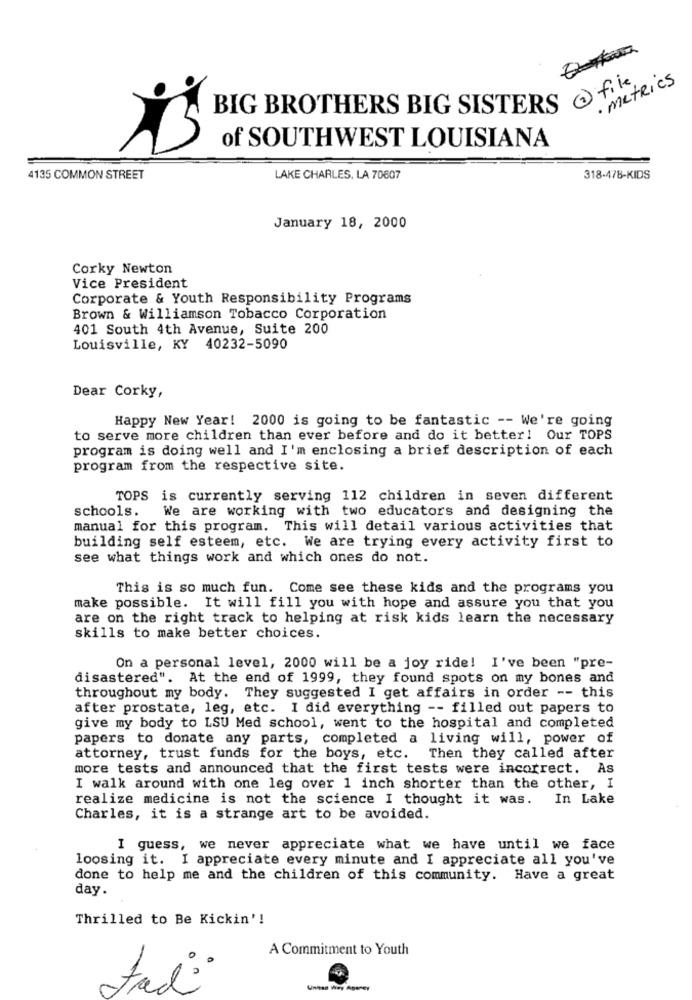
. Metrics
BIG BROTHERS BIG SISTERS ( file
of SOUTHWEST LOUISIANA
4135 COMMON STREET
LAKE CHARLES, LA 70607
318-478-KIDS
January 18, 2000
Corky Newton
Vice President
Corporate & Youth Responsibility Programs
Brown & Williamson Tobacco Corporation
401 South 4th Avenue, Suite 200
Louisville, KY 40232-5090
Dear Corky,
Happy New Year! 2000 is going to be fantastic -- We're going
to serve more children than ever before and do it better! Our TOPS
program is doing well and I'm enclosing a brief description of each
program from the respective site.
TOPS is currently serving 112 children in seven different
schools. We are working with two educators and designing the
manual for this program. This will detail various activities that
building self esteem, etc. We are trying every activity first to
see what things work and which ones do not.
This is so much fun. Come see these kids and the programs you
make possible. It will fill you with hope and assure you that you
are on the right track to helping at risk kids learn the necessary
skills to make better choices.
On a personal level, 2000 will be a joy ride! I've been "pre-
disastered". At the end of 1999, they found spots on my bones and
throughout my body. They suggested I get affairs in order -- this
after prostate, leg, etc. I did everything -- filled out papers to
give my body to LSU Med school, went to the hospital and completed
papers to donate any parts, completed a living will, power of
attorney, trust funds for the boys, etc.
Then they called after
more tests and announced that the first tests were incorrect. As
I walk around with one leg over 1 inch shorter than the other, I
realize medicine is not the science I thought it was.
In Lake
Charles, it is a strange art to be avoided.
I guess, we never appreciate what we have until we face
loosing it. I appreciate every minute and I appreciate all you've
done to help me and the children of this community. Have a great
day.
Thrilled to Be Kickin'!
A Commitment to Youth
tadi
United Way Ageney